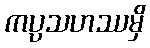
ကပ္ပသဟဿမှိ